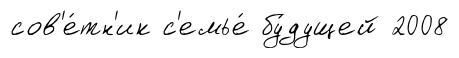
сов'е́тн'ик с'емье́ бу́дущей 2008